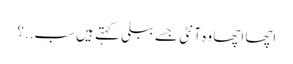
اچھا اچھا وہ آنٹی جسے ببلی کہتے ہیں سب..؟